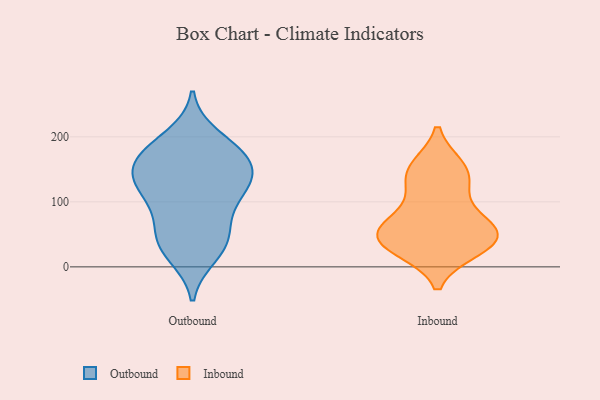
{"axis": {"x": "Budget (USD K)", "y": "Value"}, "legend": ["Inbound", "Outbound"], "data": [{"x": "", "y": 39, "type": "Outbound"}, {"x": "", "y": 48, "type": "Outbound"}, {"x": "", "y": 28, "type": "Outbound"}, {"x": "", "y": 176, "type": "Outbound"}, {"x": "", "y": 168, "type": "Outbound"}, {"x": "", "y": 126, "type": "Outbound"}, {"x": "", "y": 106, "type": "Outbound"}, {"x": "", "y": 18, "type": "Outbound"}, {"x": "", "y": 182, "type": "Outbound"}, {"x": "", "y": 94, "type": "Outbound"}, {"x": "", "y": 163, "type": "Outbound"}, {"x": "", "y": 63, "type": "Outbound"}, {"x": "", "y": 135, "type": "Outbound"}, {"x": "", "y": 130, "type": "Outbound"}, {"x": "", "y": 129, "type": "Outbound"}, {"x": "", "y": 156, "type": "Outbound"}, {"x": "", "y": 200, "type": "Outbound"}, {"x": "", "y": 38, "type": "Inbound"}, {"x": "", "y": 45, "type": "Inbound"}, {"x": "", "y": 62, "type": "Inbound"}, {"x": "", "y": 137, "type": "Inbound"}, {"x": "", "y": 71, "type": "Inbound"}, {"x": "", "y": 65, "type": "Inbound"}, {"x": "", "y": 153, "type": "Inbound"}, {"x": "", "y": 152, "type": "Inbound"}, {"x": "", "y": 116, "type": "Inbound"}, {"x": "", "y": 31, "type": "Inbound"}, {"x": "", "y": 44, "type": "Inbound"}, {"x": "", "y": 27, "type": "Inbound"}]}